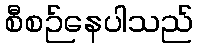
စီစဉ်နေပါသည်